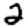
Digit: 2